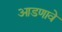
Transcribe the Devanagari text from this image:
आडणावे